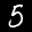
Label: 5